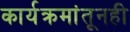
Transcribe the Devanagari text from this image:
कार्यक्रमांतूनही